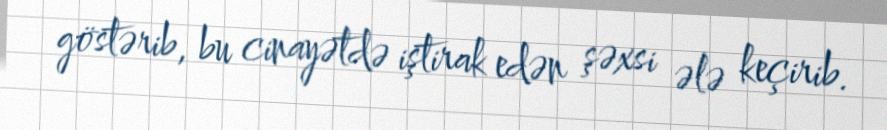
göstərib, bu cinayətdə iştirak edən şəxsi ələ keçirib.